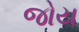
જોય